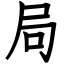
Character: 局